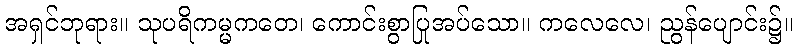
အရှင်ဘုရား။ သုပရိကမ္မကတေ၊ ကောင်းစွာပြုအပ်သော။ ကလေလေ၊ ညွန်ပျောင်း၌။